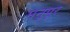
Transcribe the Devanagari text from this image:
मनुपूर